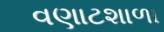
વણાટશાળા